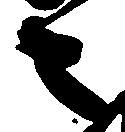
々